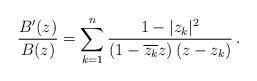
LaTeX: \begin{align*} \frac{B'(z)}{B(z)} =\sum \limits_{k=1}^n \frac{1-|z_k|^2}{\left(1-\overline{z_k} z \right) \left(z-z_k \right)} \, .\end{align*}